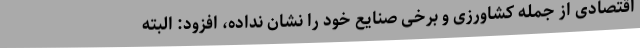
اقتصادی از جمله کشاورزی و برخی صنایع خود را نشان نداده، افزود: البته